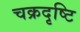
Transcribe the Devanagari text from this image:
चक्रदृष्टि